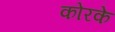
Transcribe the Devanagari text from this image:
कोरके